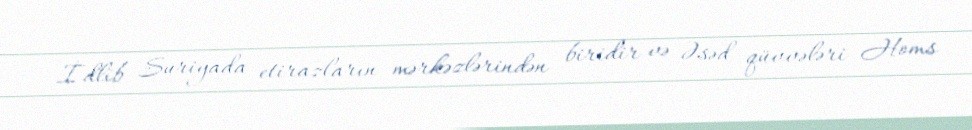
İdlib Suriyada etirazların mərkəzlərindən biridir və Əsəd qüvvələri Homs